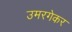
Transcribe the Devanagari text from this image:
उमरगेकर